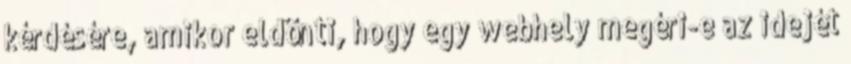
kérdésére, amikor eldönti, hogy egy webhely megéri-e az idejét